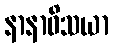
နာနာဝိသယာ